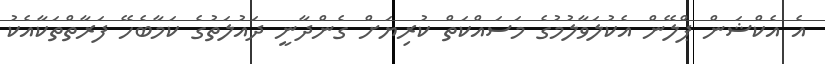
އެ އެކްޝަން ޕްލޭން އެކުލަވާލުމުގެ މަސައްކަތް ކުރިޔަށް ގެންދާނީ ދައުލަތުގެ ކަމާބެހޭ ފަރާތްތަކާއެކު